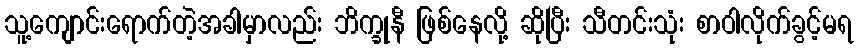
သူ့ကျောင်းရောက်တဲ့အခါမှာလည်း ဘိက္ခုနီ ဖြစ်နေလို့ ဆိုပြီး သီတင်းသုံး စာဝါလိုက်ခွင့်မရ